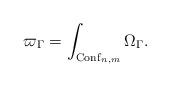
LaTeX: \begin{align*} \varpi_\Gamma = \int_{{\rm Conf}_{n,m}} \Omega_\Gamma .\end{align*}